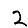
Digit: 2